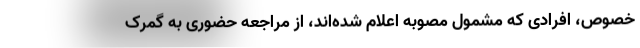
خصوص، افرادی که مشمول مصوبه اعلام شده‌اند، از مراجعه حضوری به گمرک